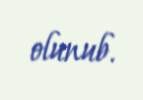
olunub.